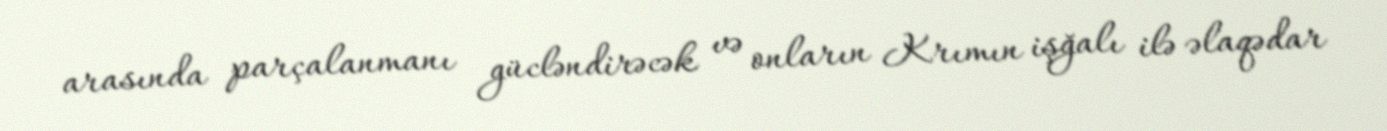
arasında parçalanmanı gücləndirəcək və onların Krımın işğalı ilə əlaqədar